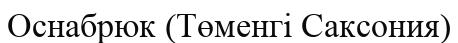
Оснабрюк (Төменгі Саксония)